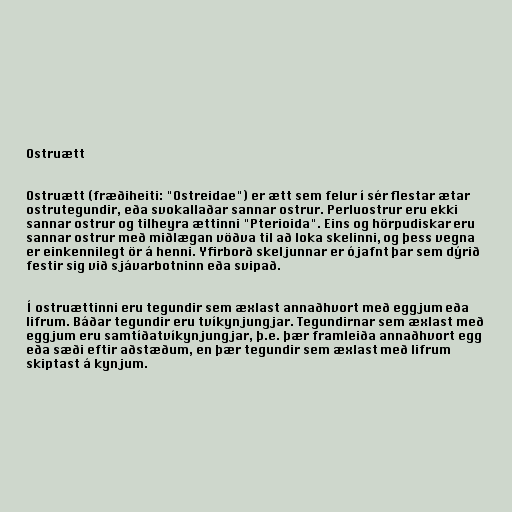
Ostruætt

Ostruætt (fræðiheiti: "Ostreidae") er ætt sem felur í sér flestar ætar
ostrutegundir, eða svokallaðar sannar ostrur. Perluostrur eru ekki
sannar ostrur og tilheyra ættinni "Pterioida". Eins og hörpudiskar eru
sannar ostrur með miðlægan vöðva til að loka skelinni, og þess vegna
er einkennilegt ör á henni. Yfirborð skeljunnar er ójafnt þar sem dýrið
festir sig við sjávarbotninn eða svipað.

Í ostruættinni eru tegundir sem æxlast annaðhvort með eggjum eða
lifrum. Báðar tegundir eru tvíkynjungjar. Tegundirnar sem æxlast með
eggjum eru samtíðatvíkynjungjar, þ.e. þær framleiða annaðhvort egg
eða sæði eftir aðstæðum, en þær tegundir sem æxlast með lifrum
skiptast á kynjum.